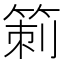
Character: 箣